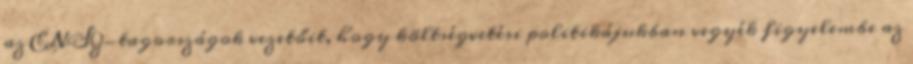
az ENSZ-tagországok vezetőit, hogy költségvetési politikájukban vegyék figyelembe az